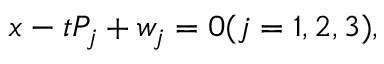
x - t P _ { j } + w _ { j } = 0 ( j = 1 , 2 , 3 ) ,